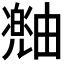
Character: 𪽠